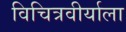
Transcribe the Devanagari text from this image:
विचित्रवीर्याला